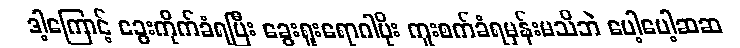
ဒါ့ကြောင့် ခွေးကိုက်ခံရပြီး ခွေးရူးရောဂါပိုး ကူးစက်ခံရမှန်းမသိဘဲ ပေါ့ပေါ့ဆဆ